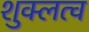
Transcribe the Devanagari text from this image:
शुक्लत्व